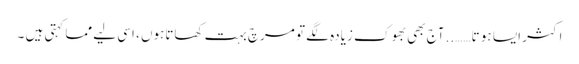
اکثر ایسا ہو تا…….. آج بھی بھوک زیادہ لگے تو مرچ بہت کھاتاہوں ، اسی لیے مما کہتی ہیں ۔